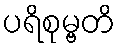
ပရိစုမ္ဗတိ